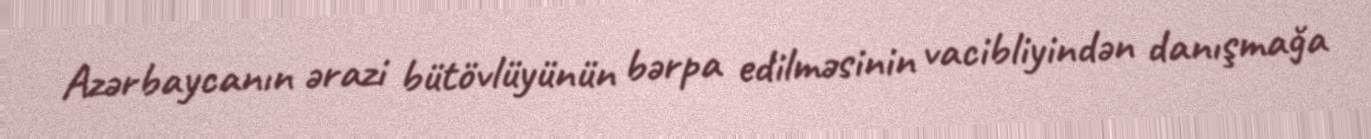
Azərbaycanın ərazi bütövlüyünün bərpa edilməsinin vacibliyindən danışmağa